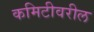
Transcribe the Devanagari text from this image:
कमिटीवरील